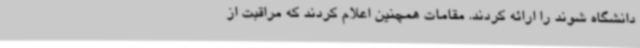
دانشگاه شوند را ارائه کردند. مقامات همچنین اعلام کردند که مراقبت از